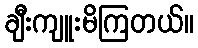
ချီးကျူးမိကြတယ်။